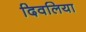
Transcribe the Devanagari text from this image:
दिवलिया